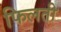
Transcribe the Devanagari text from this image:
फिलती